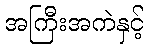
အကြီးအကဲနှင့်